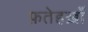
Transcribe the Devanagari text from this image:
फ़तेहख़ाँ